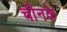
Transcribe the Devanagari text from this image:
चीनके